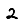
Digit: 2